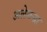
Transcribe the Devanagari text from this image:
अलेजन्द्रा